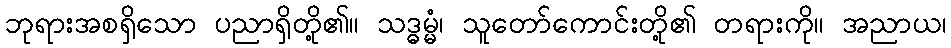
ဘုရားအစရှိသော ပညာရှိတို့၏။ သဒ္ဓမ္မံ၊ သူတော်ကောင်းတို့၏ တရားကို။ အညာယ၊